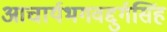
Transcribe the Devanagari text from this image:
आचार्यभगवद्दुर्गसिंह